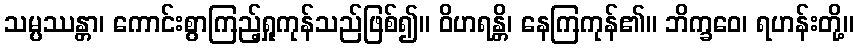
သမ္ပဿန္တာ၊ ကောင်းစွာကြည့်ရှုကုန်သည်ဖြစ်၍။ ဝိဟရန္တိ၊ နေကြကုန်၏။ ဘိက္ခဝေ၊ ရဟန်းတို့။